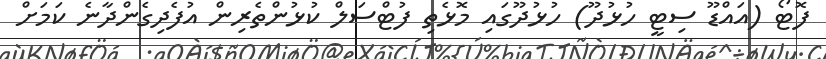
ފޮޓޯ (އައްޑޫ ސިޓީ ހުޅުދޫ) ހުޅުދޫގައި މޮޅެތި ފުޓްސަލް ކުޅުންތެރިން އުފެދިގެންދާނެ ކަމަށް